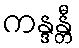
ကန္ဒန္တီ